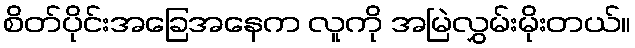
စိတ်ပိုင်းအခြေအနေက လူကို အမြဲလွှမ်းမိုးတယ်။